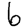
Digit: 6